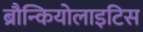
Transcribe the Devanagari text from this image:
ब्रौन्कियोलाइटिस